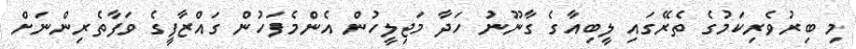
މި ބިރުވެރިކަމުގެ ތެރޭގައި ލީބިއާގެ ގާނޫނު ހަދާ މަޖިލީހުން އެންމެފަހުން ގައްޒާފީގެ ވަފާތެރިންނަށް